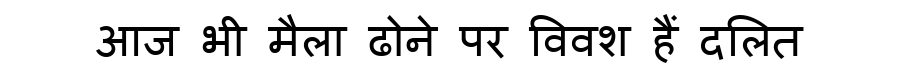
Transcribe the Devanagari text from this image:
आज भी मैला ढोने पर विवश हैं दलित